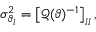
\sigma _ { \vartheta _ { l } } ^ { 2 } = \left[ \mathcal { Q } ( \vartheta ) ^ { - 1 } \right] _ { l l } ,